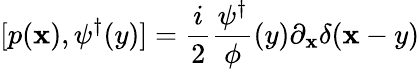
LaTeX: [p(\mathbf{x}),\psi^{\dagger}(y)]={\frac{{i}}{{2}}}{\frac{{\psi^{\dagger}}}{{\phi}}}(y)\partial_{\mathbf{x}}\delta(\mathbf{x}-y)